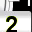
Digit: 2